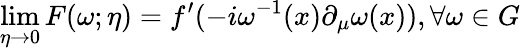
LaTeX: \operatorname*{lim}_{\eta\rightarrow 0}F(\omega;\eta)=f^{\prime}(-i\omega^{-1}(x)\partial_{\mu}\omega(x)),\forall\omega\in G